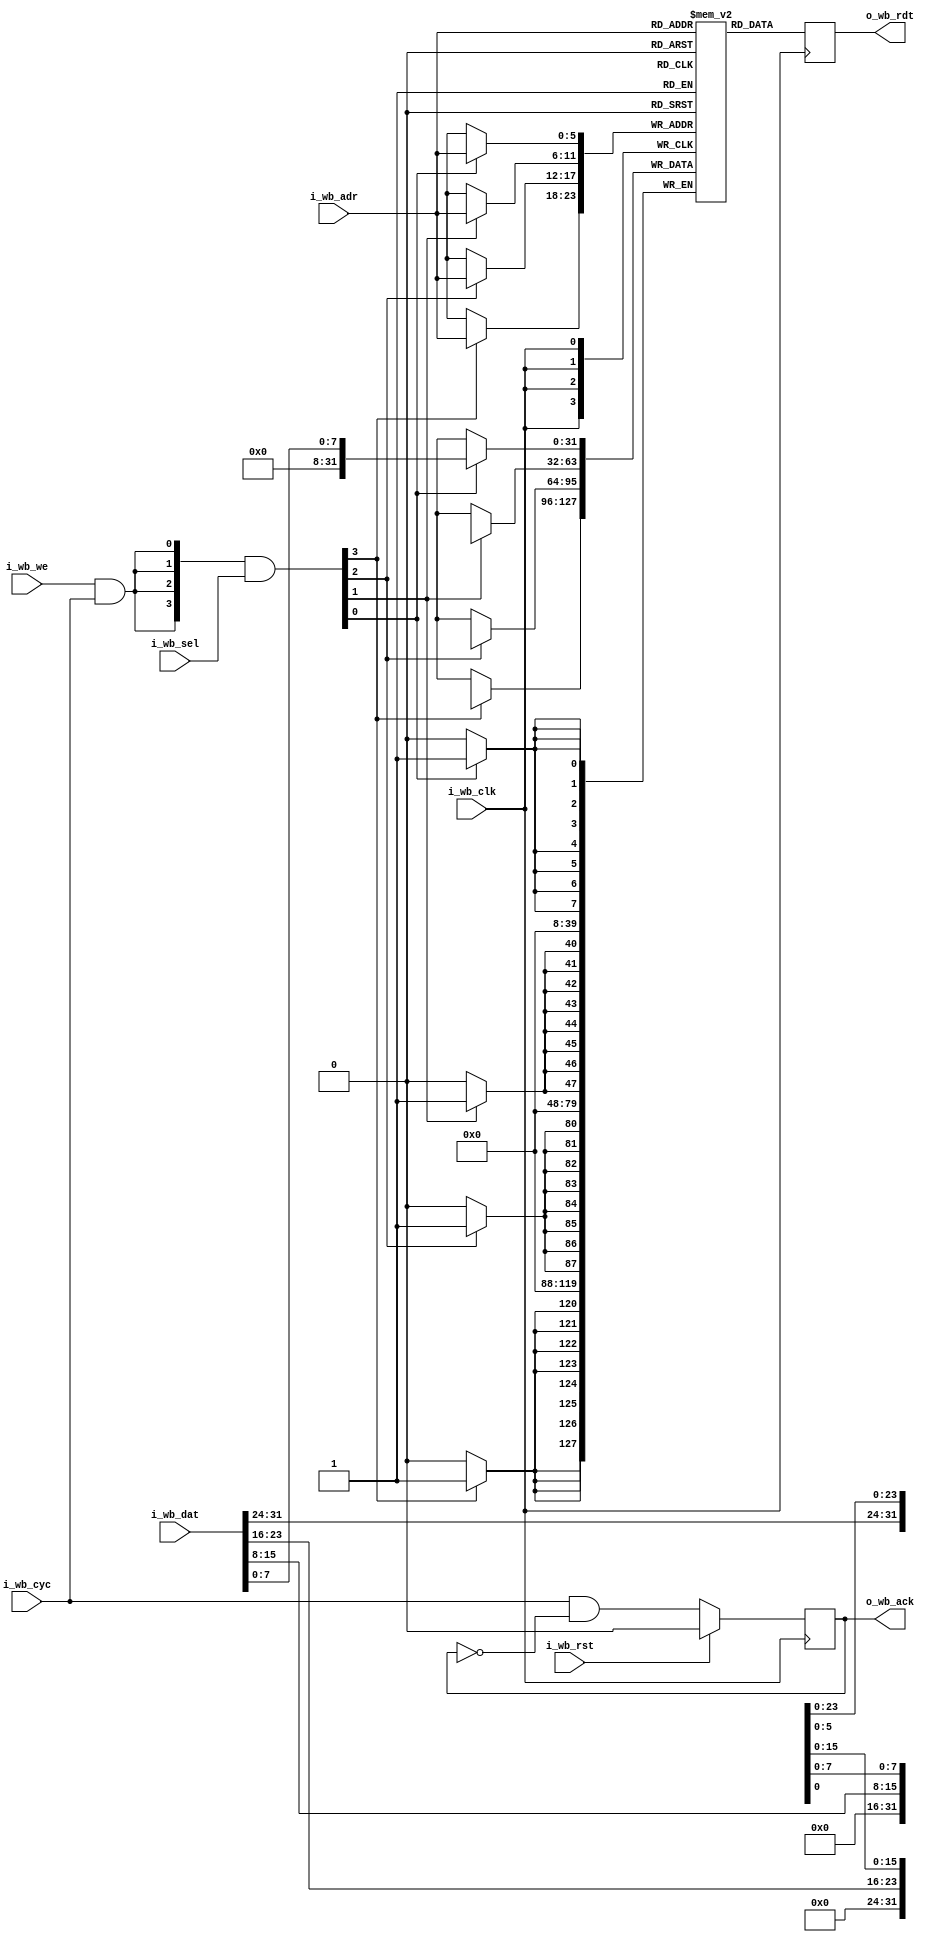
`default_nettype none
module servant_ram
  #(//Memory parameters wb = wishbone
    parameter depth = 256,
    parameter aw    = $clog2(depth),
    parameter RESET_STRATEGY = "",
    parameter memfile = "")
   (input wire 		i_wb_clk,
   // input wire    uart_clk,//
    input wire 		i_wb_rst,
    input wire [aw-1:2] i_wb_adr,
    input wire [31:0] 	i_wb_dat,
    input wire [3:0] 	i_wb_sel,
    input wire 		i_wb_we,
    input wire 		i_wb_cyc,
    //input wire i_uart_dat,//
    output reg [31:0] 	o_wb_rdt,
    //output wire o_uart,
    output reg 		o_wb_ack);

   wire [3:0] 		we = ({4{i_wb_we & i_wb_cyc}} & i_wb_sel);

   reg [31:0] 		mem [0:depth/4-1] /* verilator public */;

   wire [aw-3:0] 	addr = i_wb_adr[aw-1:2];

   wire[31:0] data = i_wb_dat;
   
   always @(posedge i_wb_clk)begin
     if (i_wb_rst & (RESET_STRATEGY != "NONE"))
       o_wb_ack <= 1'b0;
     else
       o_wb_ack <= i_wb_cyc & !o_wb_ack;
   end

   always @(posedge i_wb_clk) begin
      if (we[0]) mem[addr][7:0]   <= data[7:0];
      if (we[1]) mem[addr][15:8]  <= data[15:8];
      if (we[2]) mem[addr][23:16] <= data[23:16];
      if (we[3]) mem[addr][31:24] <= data[31:24];
      o_wb_rdt <= mem[addr];
   end

   initial
     if(|memfile) begin
`ifndef ISE
	$display("Preloading %m from %s", memfile);
`endif
	$readmemh(memfile, mem);
     end

endmodule